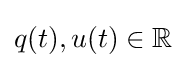
q(t),u(t)\in \mathbb {R}